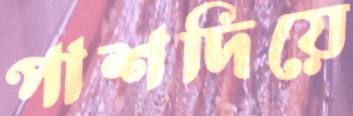
পাশদিয়ে